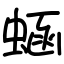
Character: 蜬